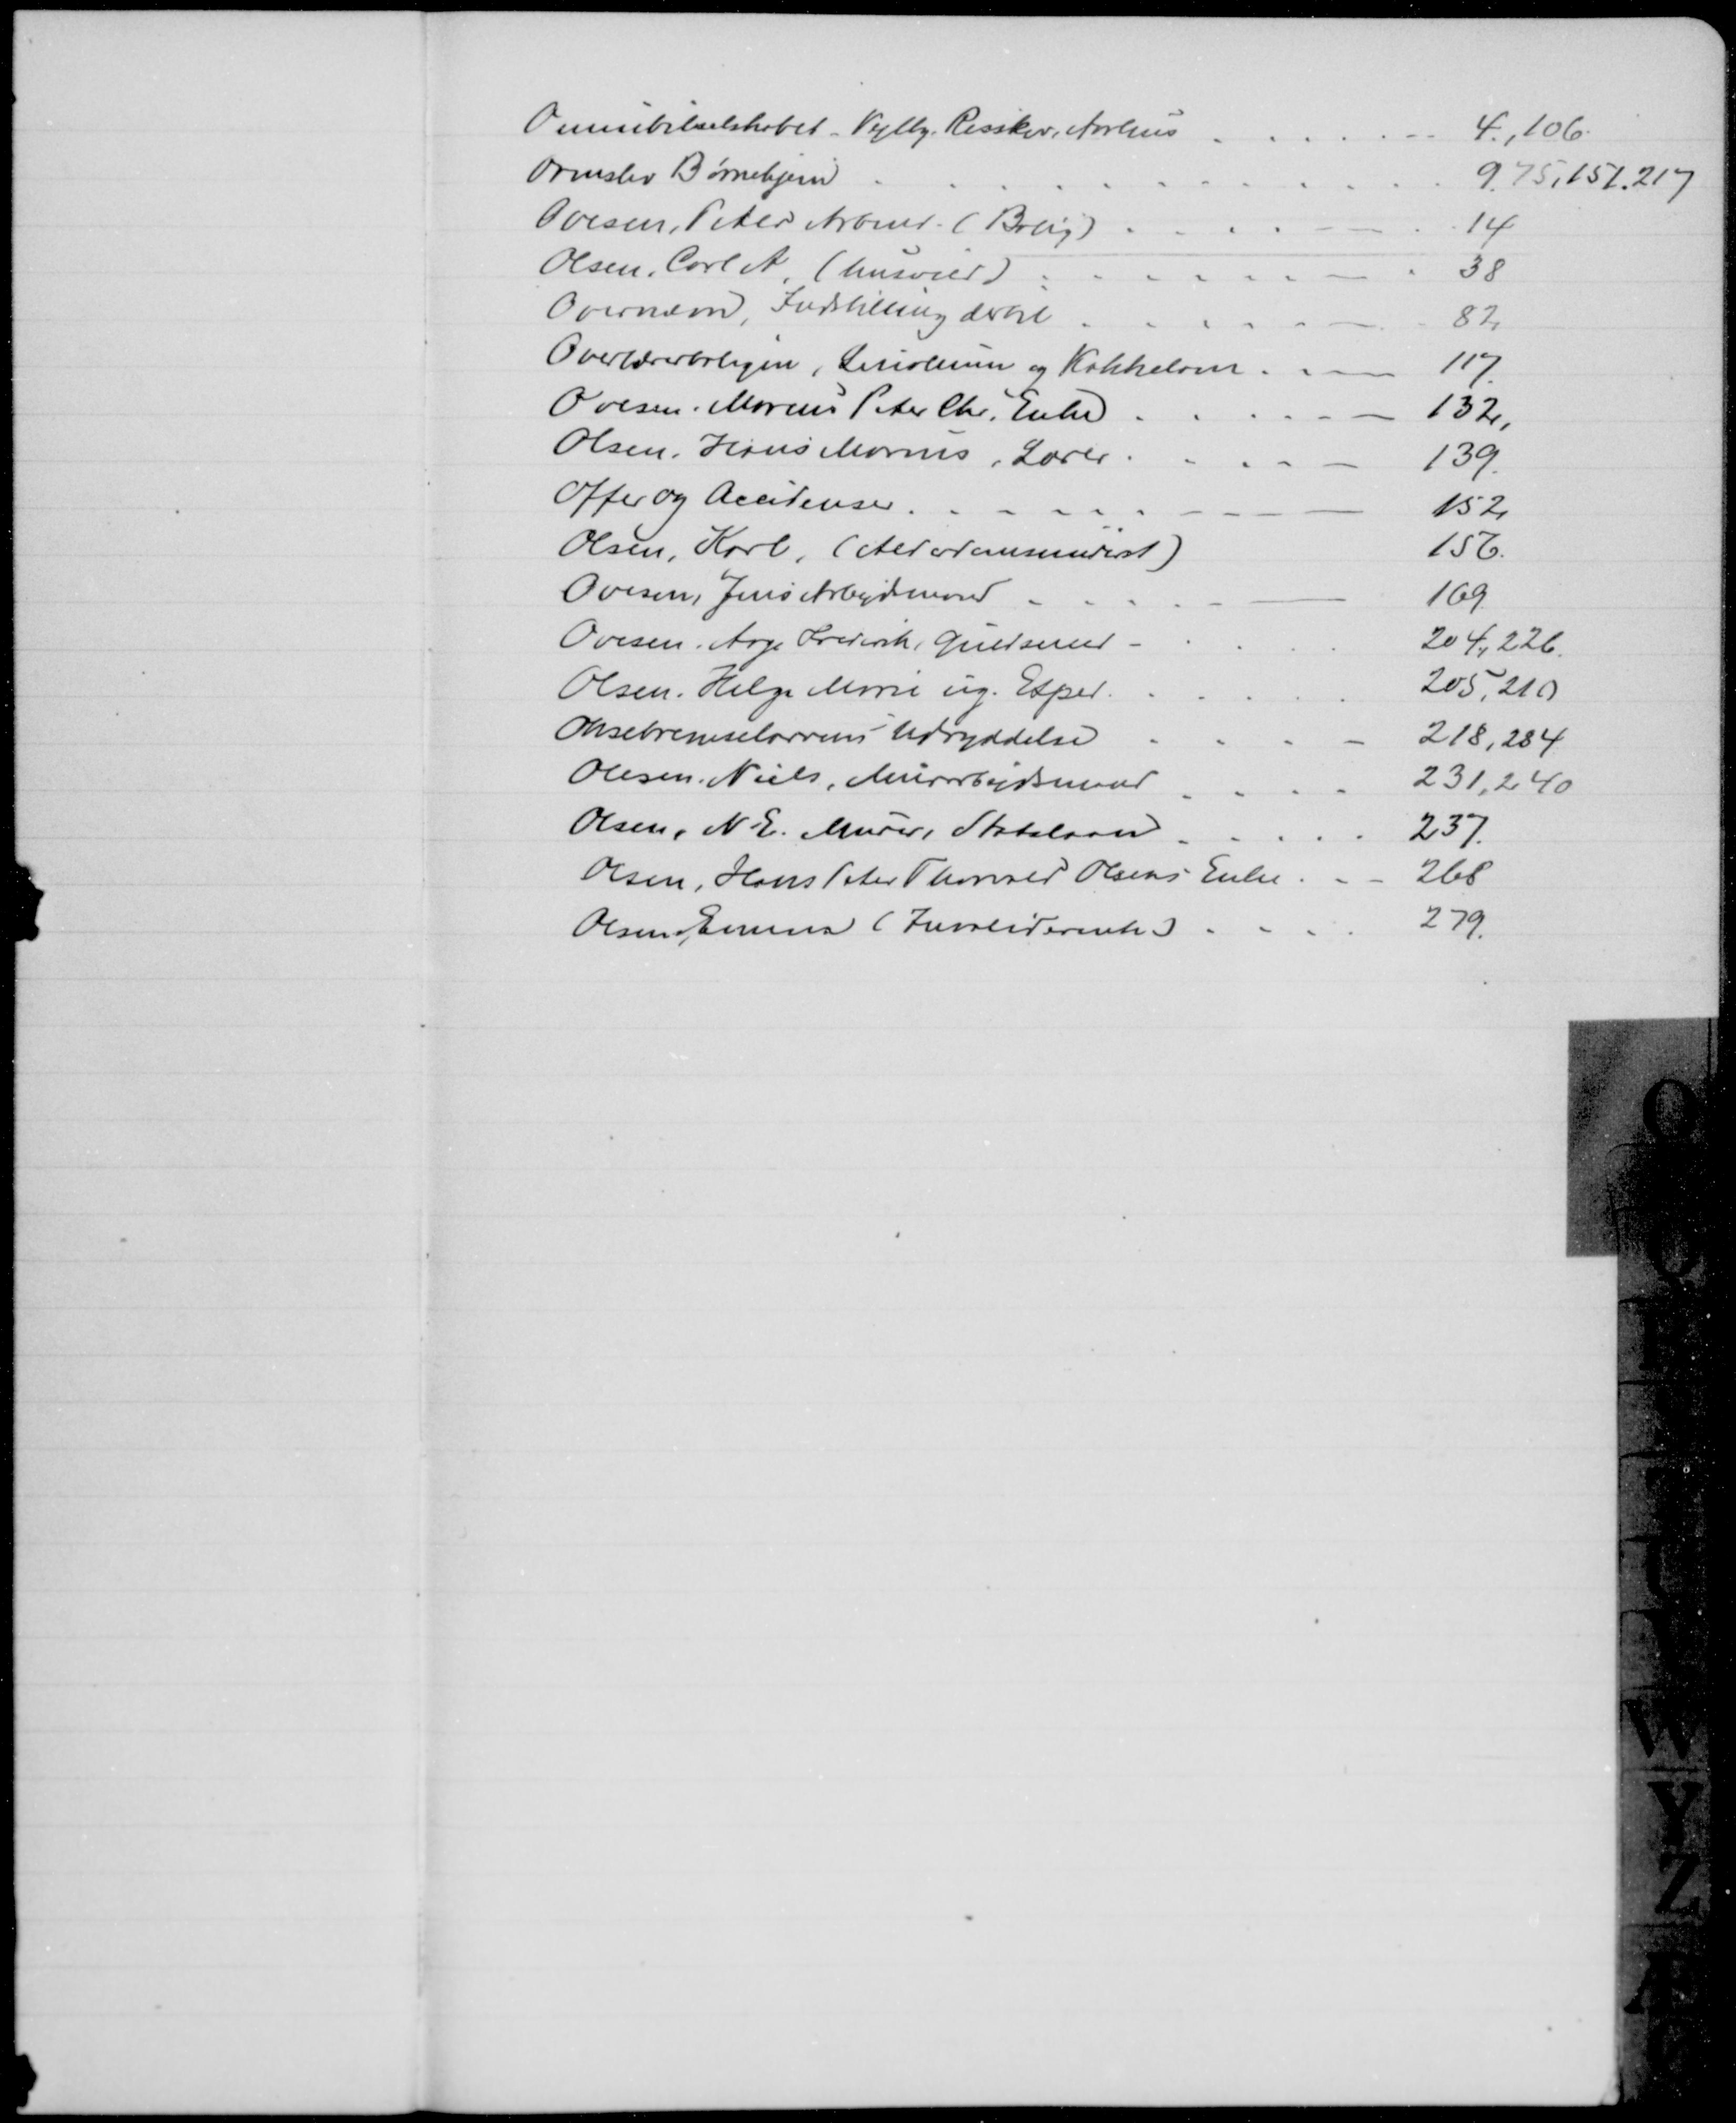
Transskription:
Omnibilselskabet. Vejlby Risskov, Aarhus 
4., 106.
Ormslev Børnehjem
9, 75, 151, 217
Ovesen, Peter Arbmd. (Bolig)
14
Olsen, Carl A (husvild)
38
Overnævn, Indstilling dertil
82
Overlærerboligen, Linoleum og Kakkelovn
117
Ovesen, Marius Peter Chr, Enke
132
Olsen, Hans Marius, Lærer
139
Offer og Accidenser
152
Olsen, Karl, (Alderdomsunderst)
156
Ovesen, Jens Arbejdsmand
169
Ovesen, Aage Frederik Guldsmed
204, 226.
Olsen, Helga Marie ug. Exped
205, 210
Oksebremselarvens Udryddelse
218, 284
Olesen. Niels Murarbejdsmand
231, 240
Olsen, N. E. Murer, Statslaan
237
Olsen, Hans Peter Thorvald Olsens Enke
268
Olsen, Emma (Invaliderente)
279